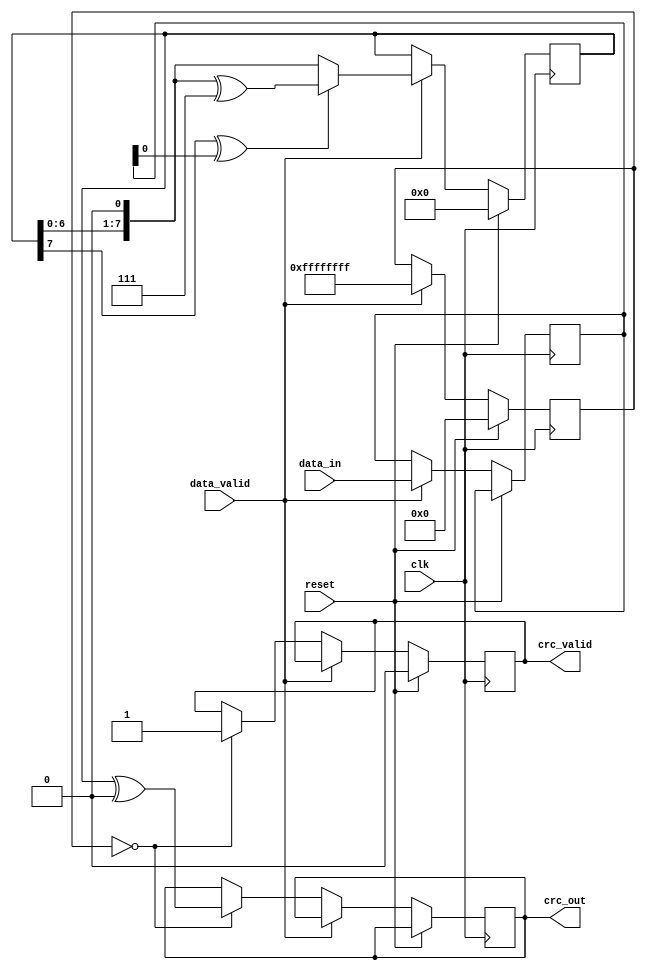
module parameterized_crc #(
    parameter CRC_WIDTH = 8,              // Width of CRC output
    parameter POLYNOMIAL = 8'h07,         // Polynomial used for CRC (example: x^8 + x^2 + x + 1)
    parameter INITIAL_VALUE = 8'h00,       // Initial value of CRC register
    parameter FINAL_XOR_VALUE = 8'h00      // Final XOR value
)(
    input wire [7:0] data_in,             // Input data (8 bits in this case)
    input wire data_valid,                 // Data valid signal
    input wire reset,                      // Synchronous reset
    input wire clk,                        // Clock signal
    output reg [CRC_WIDTH-1:0] crc_out,   // Computed CRC value
    output reg crc_valid                   // CRC valid signal
);

    reg [CRC_WIDTH-1:0] crc_reg;          // CRC register
    reg [7:0] data_shift;                  // Shift register for incoming data
    integer bit_index;                     // Bit index for processing

    // Polynomial definition
    wire [CRC_WIDTH-1:0] poly = POLYNOMIAL[CRC_WIDTH-1:0];

    always @(posedge clk) begin
        if (reset) begin
            // Reset condition
            crc_reg <= INITIAL_VALUE;
            crc_valid <= 0;
            bit_index <= 0;
        end else if (data_valid) begin
            // Start processing each bit of data
            data_shift <= data_in; // Load incoming data
            for (bit_index = 7; bit_index >= 0; bit_index = bit_index - 1) begin
                // XOR with the MSB of CRC if it's 1
                if (crc_reg[CRC_WIDTH-1] ^ data_shift[bit_index]) begin
                    crc_reg <= {crc_reg[CRC_WIDTH-2:0], 1'b0} ^ poly; // Shift left and XOR with polynomial
                end else begin
                    crc_reg <= {crc_reg[CRC_WIDTH-2:0], 1'b0}; // Just shift left
                end
            end
        end else begin
            // Signal CRC valid when processing is done
            if (bit_index == 0) begin
                crc_out <= crc_reg ^ FINAL_XOR_VALUE;
                crc_valid <= 1;
            end
        end
    end

endmodule